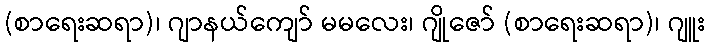
(စာရေးဆရာ)၊ ဂျာနယ်ကျော် မမလေး၊ ဂျိုဇော် (စာရေးဆရာ)၊ ဂျူး